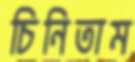
চিনিতাম